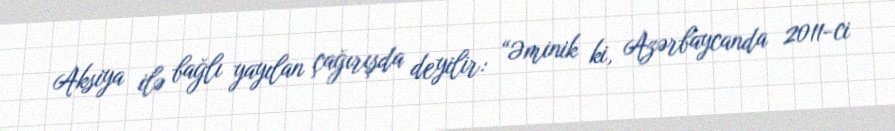
Aksiya ilə bağlı yayılan çağırışda deyilir: “Əminik ki, Azərbaycanda 2011-ci